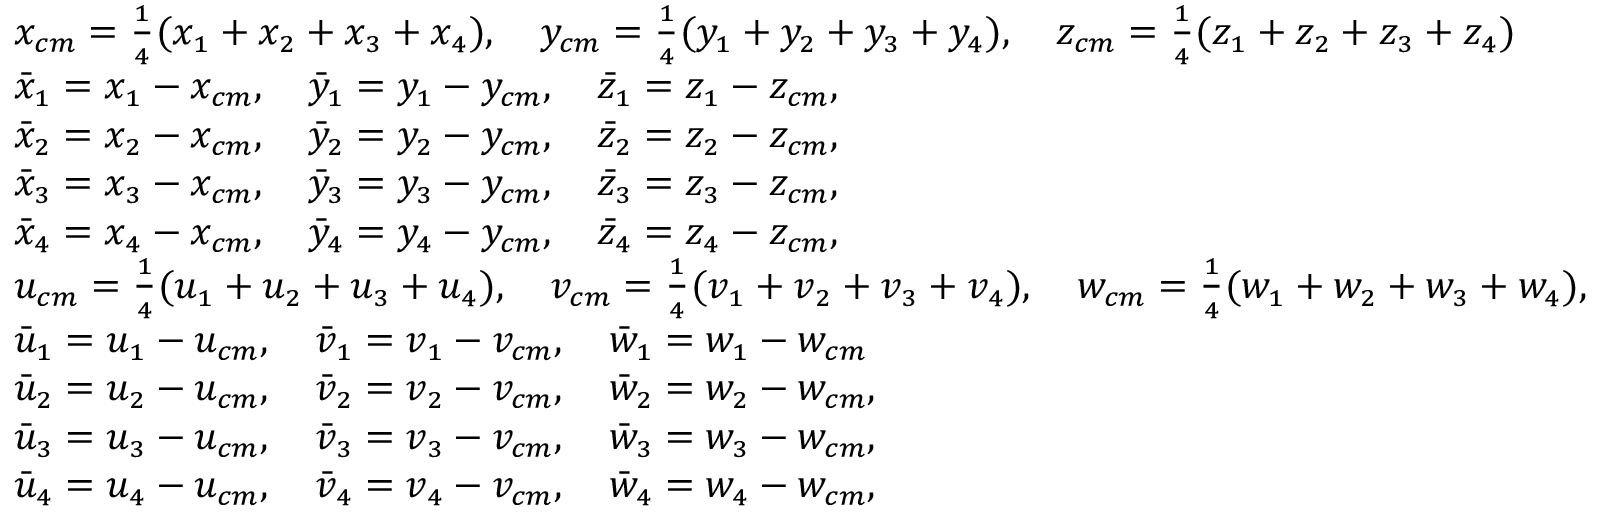
\small \begin{array} { r l } & { x _ { c m } = \frac { 1 } { 4 } ( x _ { 1 } + x _ { 2 } + x _ { 3 } + x _ { 4 } ) , \quad y _ { c m } = \frac { 1 } { 4 } ( y _ { 1 } + y _ { 2 } + y _ { 3 } + y _ { 4 } ) , \quad z _ { c m } = \frac { 1 } { 4 } ( z _ { 1 } + z _ { 2 } + z _ { 3 } + z _ { 4 } ) } \\ & { \Bar { x } _ { 1 } = x _ { 1 } - x _ { c m } , \quad \Bar { y } _ { 1 } = y _ { 1 } - y _ { c m } , \quad \Bar { z } _ { 1 } = z _ { 1 } - z _ { c m } , } \\ & { \Bar { x } _ { 2 } = x _ { 2 } - x _ { c m } , \quad \Bar { y } _ { 2 } = y _ { 2 } - y _ { c m } , \quad \Bar { z } _ { 2 } = z _ { 2 } - z _ { c m } , } \\ & { \Bar { x } _ { 3 } = x _ { 3 } - x _ { c m } , \quad \Bar { y } _ { 3 } = y _ { 3 } - y _ { c m } , \quad \Bar { z } _ { 3 } = z _ { 3 } - z _ { c m } , } \\ & { \Bar { x } _ { 4 } = x _ { 4 } - x _ { c m } , \quad \Bar { y } _ { 4 } = y _ { 4 } - y _ { c m } , \quad \Bar { z } _ { 4 } = z _ { 4 } - z _ { c m } , } \\ & { u _ { c m } = \frac { 1 } { 4 } ( u _ { 1 } + u _ { 2 } + u _ { 3 } + u _ { 4 } ) , \quad v _ { c m } = \frac { 1 } { 4 } ( v _ { 1 } + v _ { 2 } + v _ { 3 } + v _ { 4 } ) , \quad w _ { c m } = \frac { 1 } { 4 } ( w _ { 1 } + w _ { 2 } + w _ { 3 } + w _ { 4 } ) , } \\ & { \Bar { u } _ { 1 } = u _ { 1 } - u _ { c m } , \quad \Bar { v } _ { 1 } = v _ { 1 } - v _ { c m } , \quad \Bar { w } _ { 1 } = w _ { 1 } - w _ { c m } } \\ & { \Bar { u } _ { 2 } = u _ { 2 } - u _ { c m } , \quad \Bar { v } _ { 2 } = v _ { 2 } - v _ { c m } , \quad \Bar { w } _ { 2 } = w _ { 2 } - w _ { c m } , } \\ & { \Bar { u } _ { 3 } = u _ { 3 } - u _ { c m } , \quad \Bar { v } _ { 3 } = v _ { 3 } - v _ { c m } , \quad \Bar { w } _ { 3 } = w _ { 3 } - w _ { c m } , } \\ & { \Bar { u } _ { 4 } = u _ { 4 } - u _ { c m } , \quad \Bar { v } _ { 4 } = v _ { 4 } - v _ { c m } , \quad \Bar { w } _ { 4 } = w _ { 4 } - w _ { c m } , } \end{array}